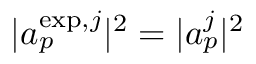
| a _ { p } ^ { \mathrm { e x p } , j } | ^ { 2 } = | a _ { p } ^ { j } | ^ { 2 }